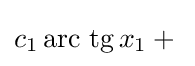
{\textstyle c_{1}\operatorname {arc\ tg} x_{1}+{}}